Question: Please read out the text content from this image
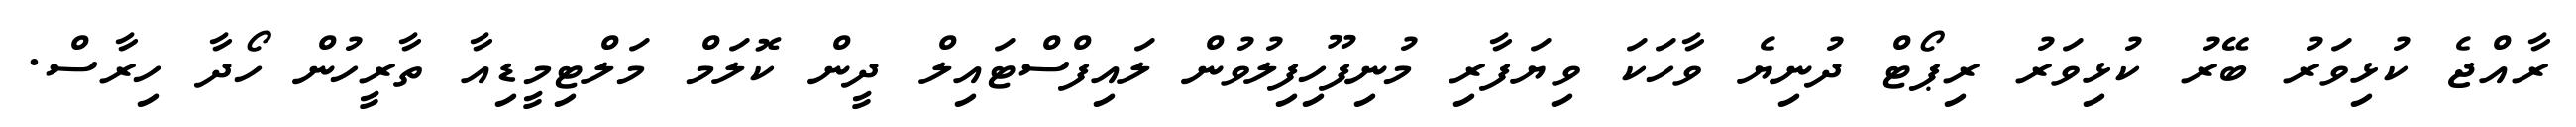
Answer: ރާއްޖެ ކުޅިވަރު ބޭރު ކުޅިވަރު ރިޕޯޓް ދުނިޔެ ވާހަކަ ވިޔަފާރި މުނިފޫހިފިލުވުން ލައިފްސްޓައިލް ދީން ކޮލަމް މަލްޓިމީޑިއާ ތާރީހުން ހޯދާ ހިރާސް.